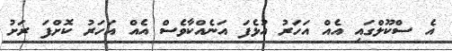
އެ ސްކޫލްގައި އެއް އަހަރު އުޅެފަ އަނެއްކާވެސް އެއް އަހަރު ކޮށްފަ ރަށު